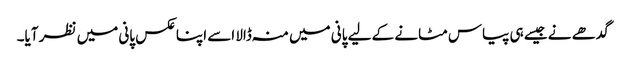
گدھے نے جیسے ہی پیاس مٹانے کے لیے پانی میں منہ ڈالا اسے اپنا عکس پانی میں نظر آیا۔